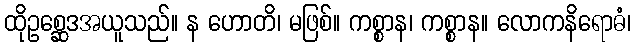
ထိုဥစ္ဆေဒအယူသည်။ န ဟောတိ၊ မဖြစ်။ ကစ္စာန၊ ကစ္စာန။ လောကနိရောဓံ၊